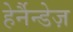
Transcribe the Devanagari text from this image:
हेर्नैन्डेज़